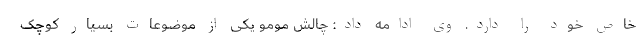
خاص خود را دارد. وی ادامه داد: چالش مومو یکی از موضوعات بسیار کوچک